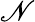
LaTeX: \mathscr{N}